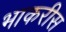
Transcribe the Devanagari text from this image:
भाकरीस